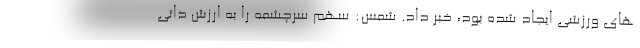
های ورزشی ایجاد شده بود، خبر داد. شمس: سهم سرچشمه را به ارزش ذاتي